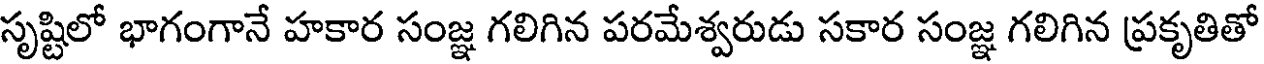
సృష్టిలో భాగంగానే హకార సంజ్ఞ గలిగిన పరమేశ్వరుడు సకార సంజ్ఞ గలిగిన ప్రకృతితో